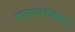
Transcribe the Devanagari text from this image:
कागदपत्रांबाबत